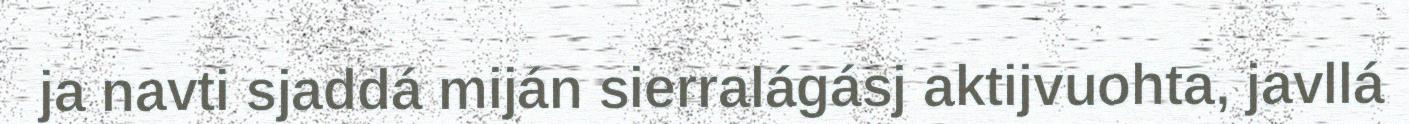
ja navti sjaddá miján sierralágásj aktijvuohta, javllá